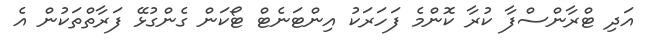
އަދި ޓްރާންސްފާ ކުރާ ކޮންމެ ފަހަރަކު އިންޓަނެޓް ޓޯކަން ގެންގުޅޭ ފަރާތްތަކުން އެ